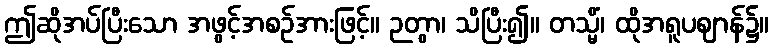
ဤဆိုအပ်ပြီးသော အဖွင့်အစဉ်အားဖြင့်။ ဉတွာ၊ သိပြီး၍။ တသ္မိံ၊ ထိုအရူပဈာန်၌။